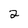
Character: 2